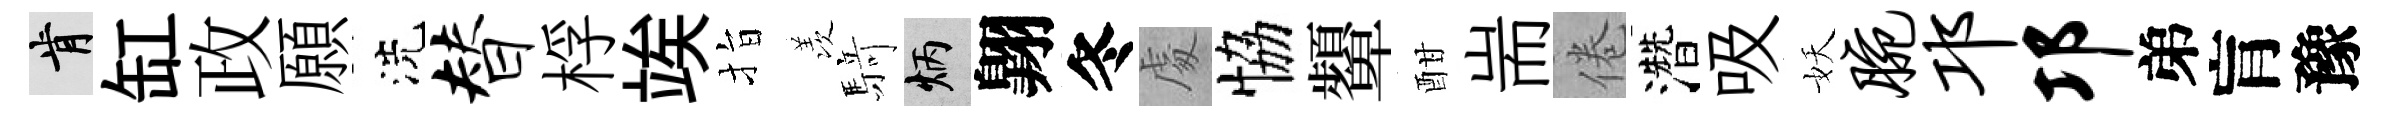
肯缸政願洗替桴竢指羡𮪍炳翺冬䖏恊顰酣耑倦濳吸妖腕邛邛弟肓豫